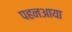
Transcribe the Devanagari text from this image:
पहनआया